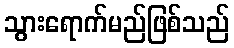
သွားရောက်မည်ဖြစ်သည်